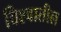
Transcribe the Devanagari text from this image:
विश्‍वातील